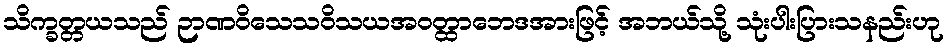
သိက္ခတ္တယသည် ဉာဏဝိသေသဝိသယအဝတ္ထာဘေဒအားဖြင့် အဘယ်သို့ သုံးပါးပြားသနည်းဟု